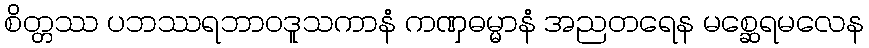
စိတ္တဿ ပဘဿရဘာဝဒူသကာနံ ကဏှဓမ္မာနံ အညတရေန မစ္ဆေရမလေန